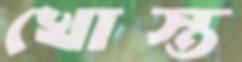
খোস্ত